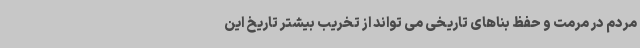
مردم در مرمت و حفظ بناهای تاریخی می تواند از تخریب بیشتر تاریخ این